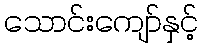
သောင်းကျော်နှင့်